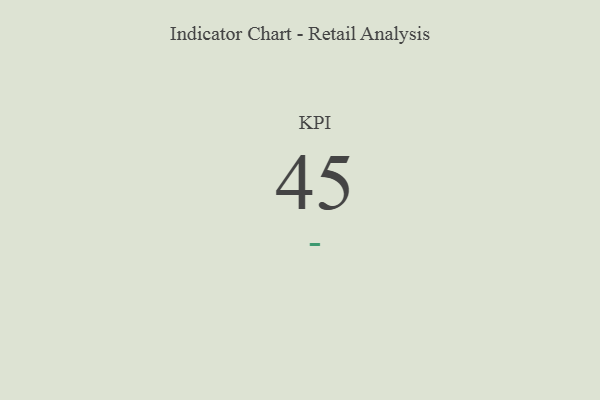
{"axis": {"x": "KPI", "y": "Value"}, "legend": [""], "data": [{"x": "KPI", "y": 45, "type": ""}]}